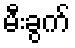
မီးခွက်